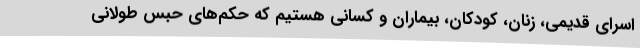
اسرای قدیمی، زنان، کودکان، بیماران و کسانی هستیم که حکم‌های حبس طولانی